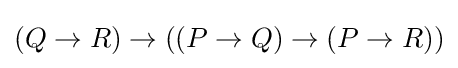
(Q\to R)\to ((P\to Q)\to (P\to R))